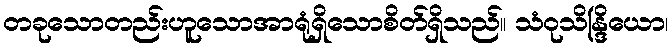
တခုသောတည်းဟူသောအာရုံရှိသောစိတ်ရှိသည်။ သံဝုသိန္ဒြိယော၊